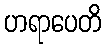
ဟရာပေတိ